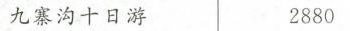
九寨沟十日游 2880元